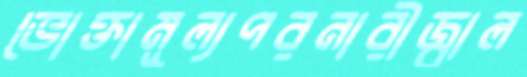
ভোক্তামূল্যপরনারীজ্বাল